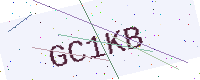
Text: GC1KB